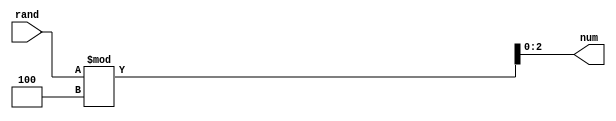
`timescale 1ns / 1ps
//////////////////////////////////////////////////////////////////////////////////
// Company: 
// Engineer: 
// 
// Design Name: 
// Module Name: rand_div
// Project Name: 
// Target Devices: 
// Tool Versions: 
// Description: 
// 
// Dependencies: 
// 
// Revision:
// Revision 0.01 - File Created
// Additional Comments:
// 
//////////////////////////////////////////////////////////////////////////////////


module rand_div(
//input clk,
//input rst,
input [4:0] rand,
output [2:0] num
    );
//always @(posedge clk) begin
   
assign num = rand % 4;
//end
    
endmodule